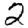
Digit: 2